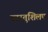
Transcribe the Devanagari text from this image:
वास्तुशिलप